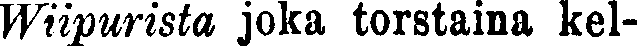
Wiipurista joka torstaina kel-